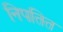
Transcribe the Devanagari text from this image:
निपतित